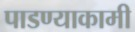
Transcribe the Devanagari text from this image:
पाडण्याकामी